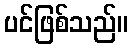
ပင်ဖြစ်သည်။